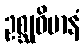
ဥစ္ဆုဝိမာနံ